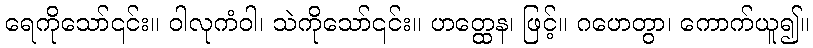
ရေကိုသော်၎င်း။ ဝါလုကံဝါ၊ သဲကိုသော်၎င်း။ ဟတ္ထေန၊ ဖြင့်။ ဂဟေတွာ၊ ကောက်ယူ၍။